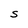
Character: S